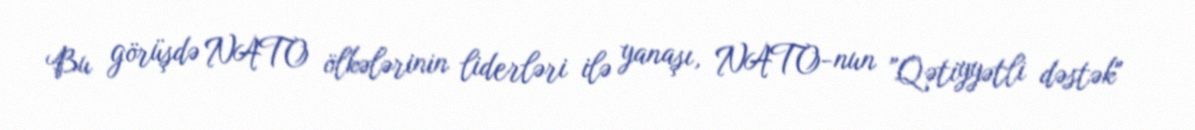
Bu görüşdə NATO ölkələrinin liderləri ilə yanaşı, NATO-nun "Qətiyyətli dəstək"